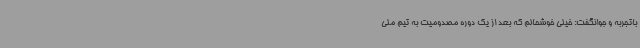
باتجربه و جوانگفت: خیلی خوشحالم که بعد از یک دوره مصدومیت به تیم ملی